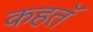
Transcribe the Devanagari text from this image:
कहतॅ